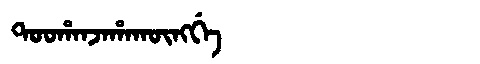
Manchu: ᡨᠣᠣᡥᠠᠨᠵᠠᡥᠠᡴᡡᠩᡤᡝ
Romanization: TOOHANJAHAKŪNGGE